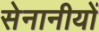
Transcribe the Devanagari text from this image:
सेनानीयों